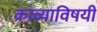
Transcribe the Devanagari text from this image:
काव्याविषयी